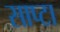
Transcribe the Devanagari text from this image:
साप्टा